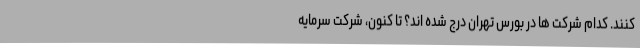
کنند. کدام شرکت ها در بورس تهران درج شده اند؟ تا کنون، شرکت سرمایه